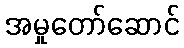
အမှုတော်ဆောင်